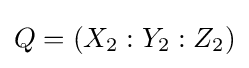
Q=(X_{2}:Y_{2}:Z_{2})